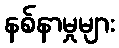
နစ်နာမှုများ